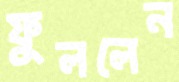
ফুললেন